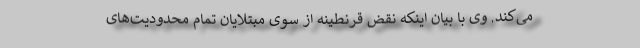
می‌کند. وی با بیان اینکه نقض قرنطینه از سوی مبتلایان تمام محدودیت‌های